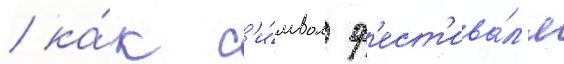
/ ка́к с'и́мвол ф'ест'ива́л'я